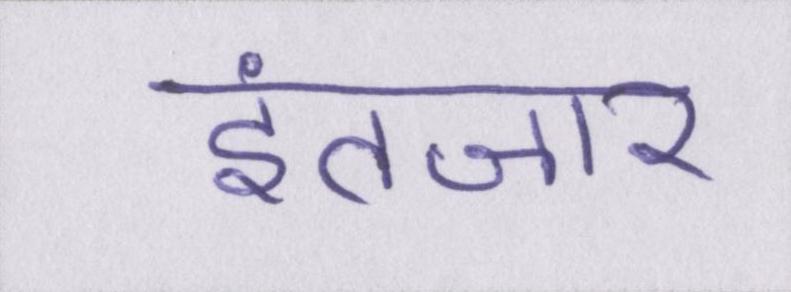
इंतजार